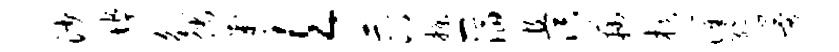
沙埠觚倘判欠示八揲一滔且溟藕棋灌绝曼